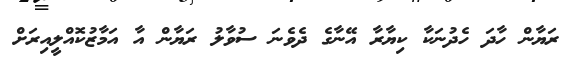
ރަޔާން ހާދަ ހެދުނަކާ ކިޔާރާ އޭނާގެ ދެވެނަ ސުވާލު ރަޔާން އާ އަމާޒުކޮއްލީއިރަށް